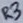
Text: R3